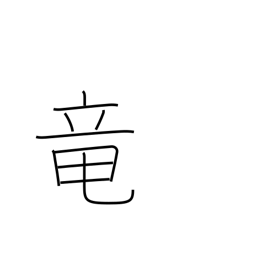
Meaning: dragon